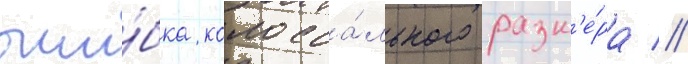
оши́бка колосса́льного разм'е́ра //